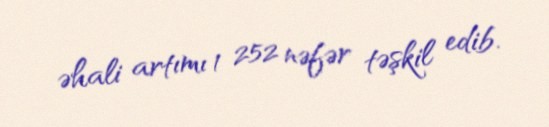
əhali artımı 1 252 nəfər təşkil edib.